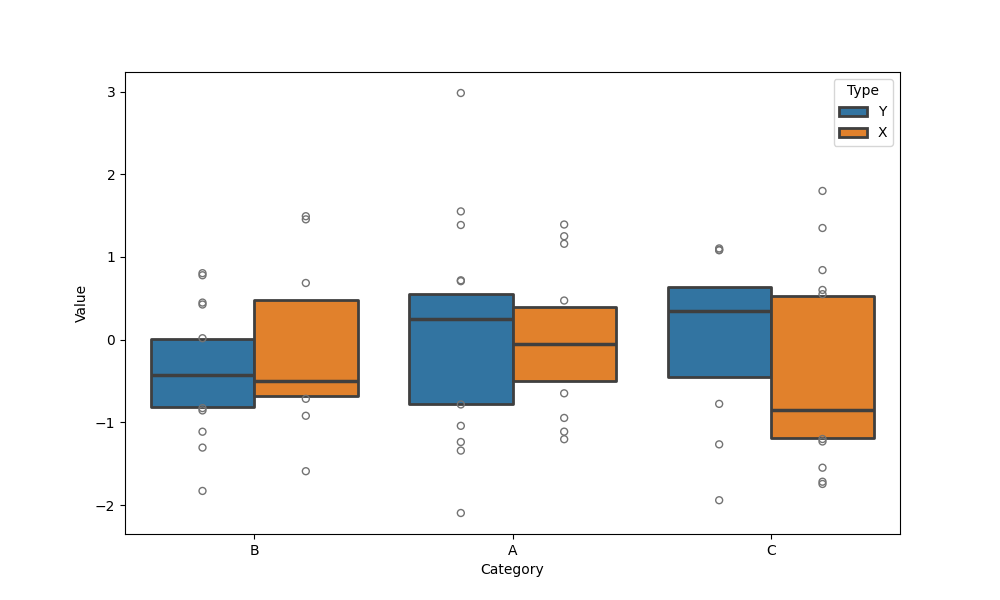
python, seaborn, boxenplot, k_depth='tukey', linewidth=2, scale='exponential', outlier_prop=0.2, showfliers=True